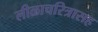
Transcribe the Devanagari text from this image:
लीळाचरित्रासह